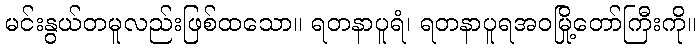
မင်းနွယ်တမူလည်းဖြစ်ထသော။ ရတနာပူရံ၊ ရတနာပူရအဝမြို့တော်ကြီးကို။